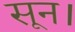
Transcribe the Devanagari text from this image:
सून।